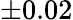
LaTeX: \pm 0.02